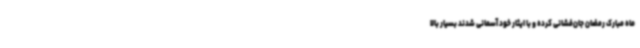
ماه مبارک رمضان جان‌فشانی کرده و با ایثار خود آسمانی شدند بسیار بالا